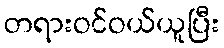
တရားဝင်ဝယ်ယူပြီး